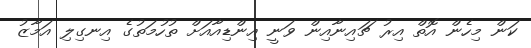
ކަން މިހެން އޮތް އިރު ޗައިނާއިން ވަނީ އިންޑިއާއަށް ތުހުމަތުގެ އިނގިލި އަމާޒު